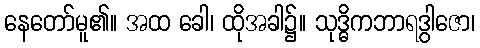
နေတော်မူ၏။ အထ ခေါ၊ ထိုအခါ၌။ သုဒ္ဓိကဘာရဒွါဇော၊